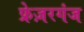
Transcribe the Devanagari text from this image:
फ्रेज़रगंज